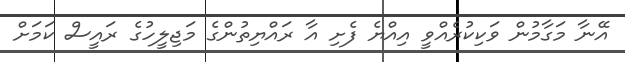
އޭނާ މަގާމުން ވަކިކުރެއްވީ އިއްޔެ ފެށި އާ ރައްޔިތުންގެ މަޖިލީހުގެ ރައީސް ކަމަށް